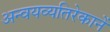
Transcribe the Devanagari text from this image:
अन्वयव्यतिरेकानें